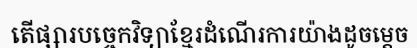
តើផ្សារបច្ចេកវិទ្យាខ្មែរដំណើរការយ៉ាងដូចម្តេច